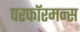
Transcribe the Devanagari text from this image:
परफॉरमन्स